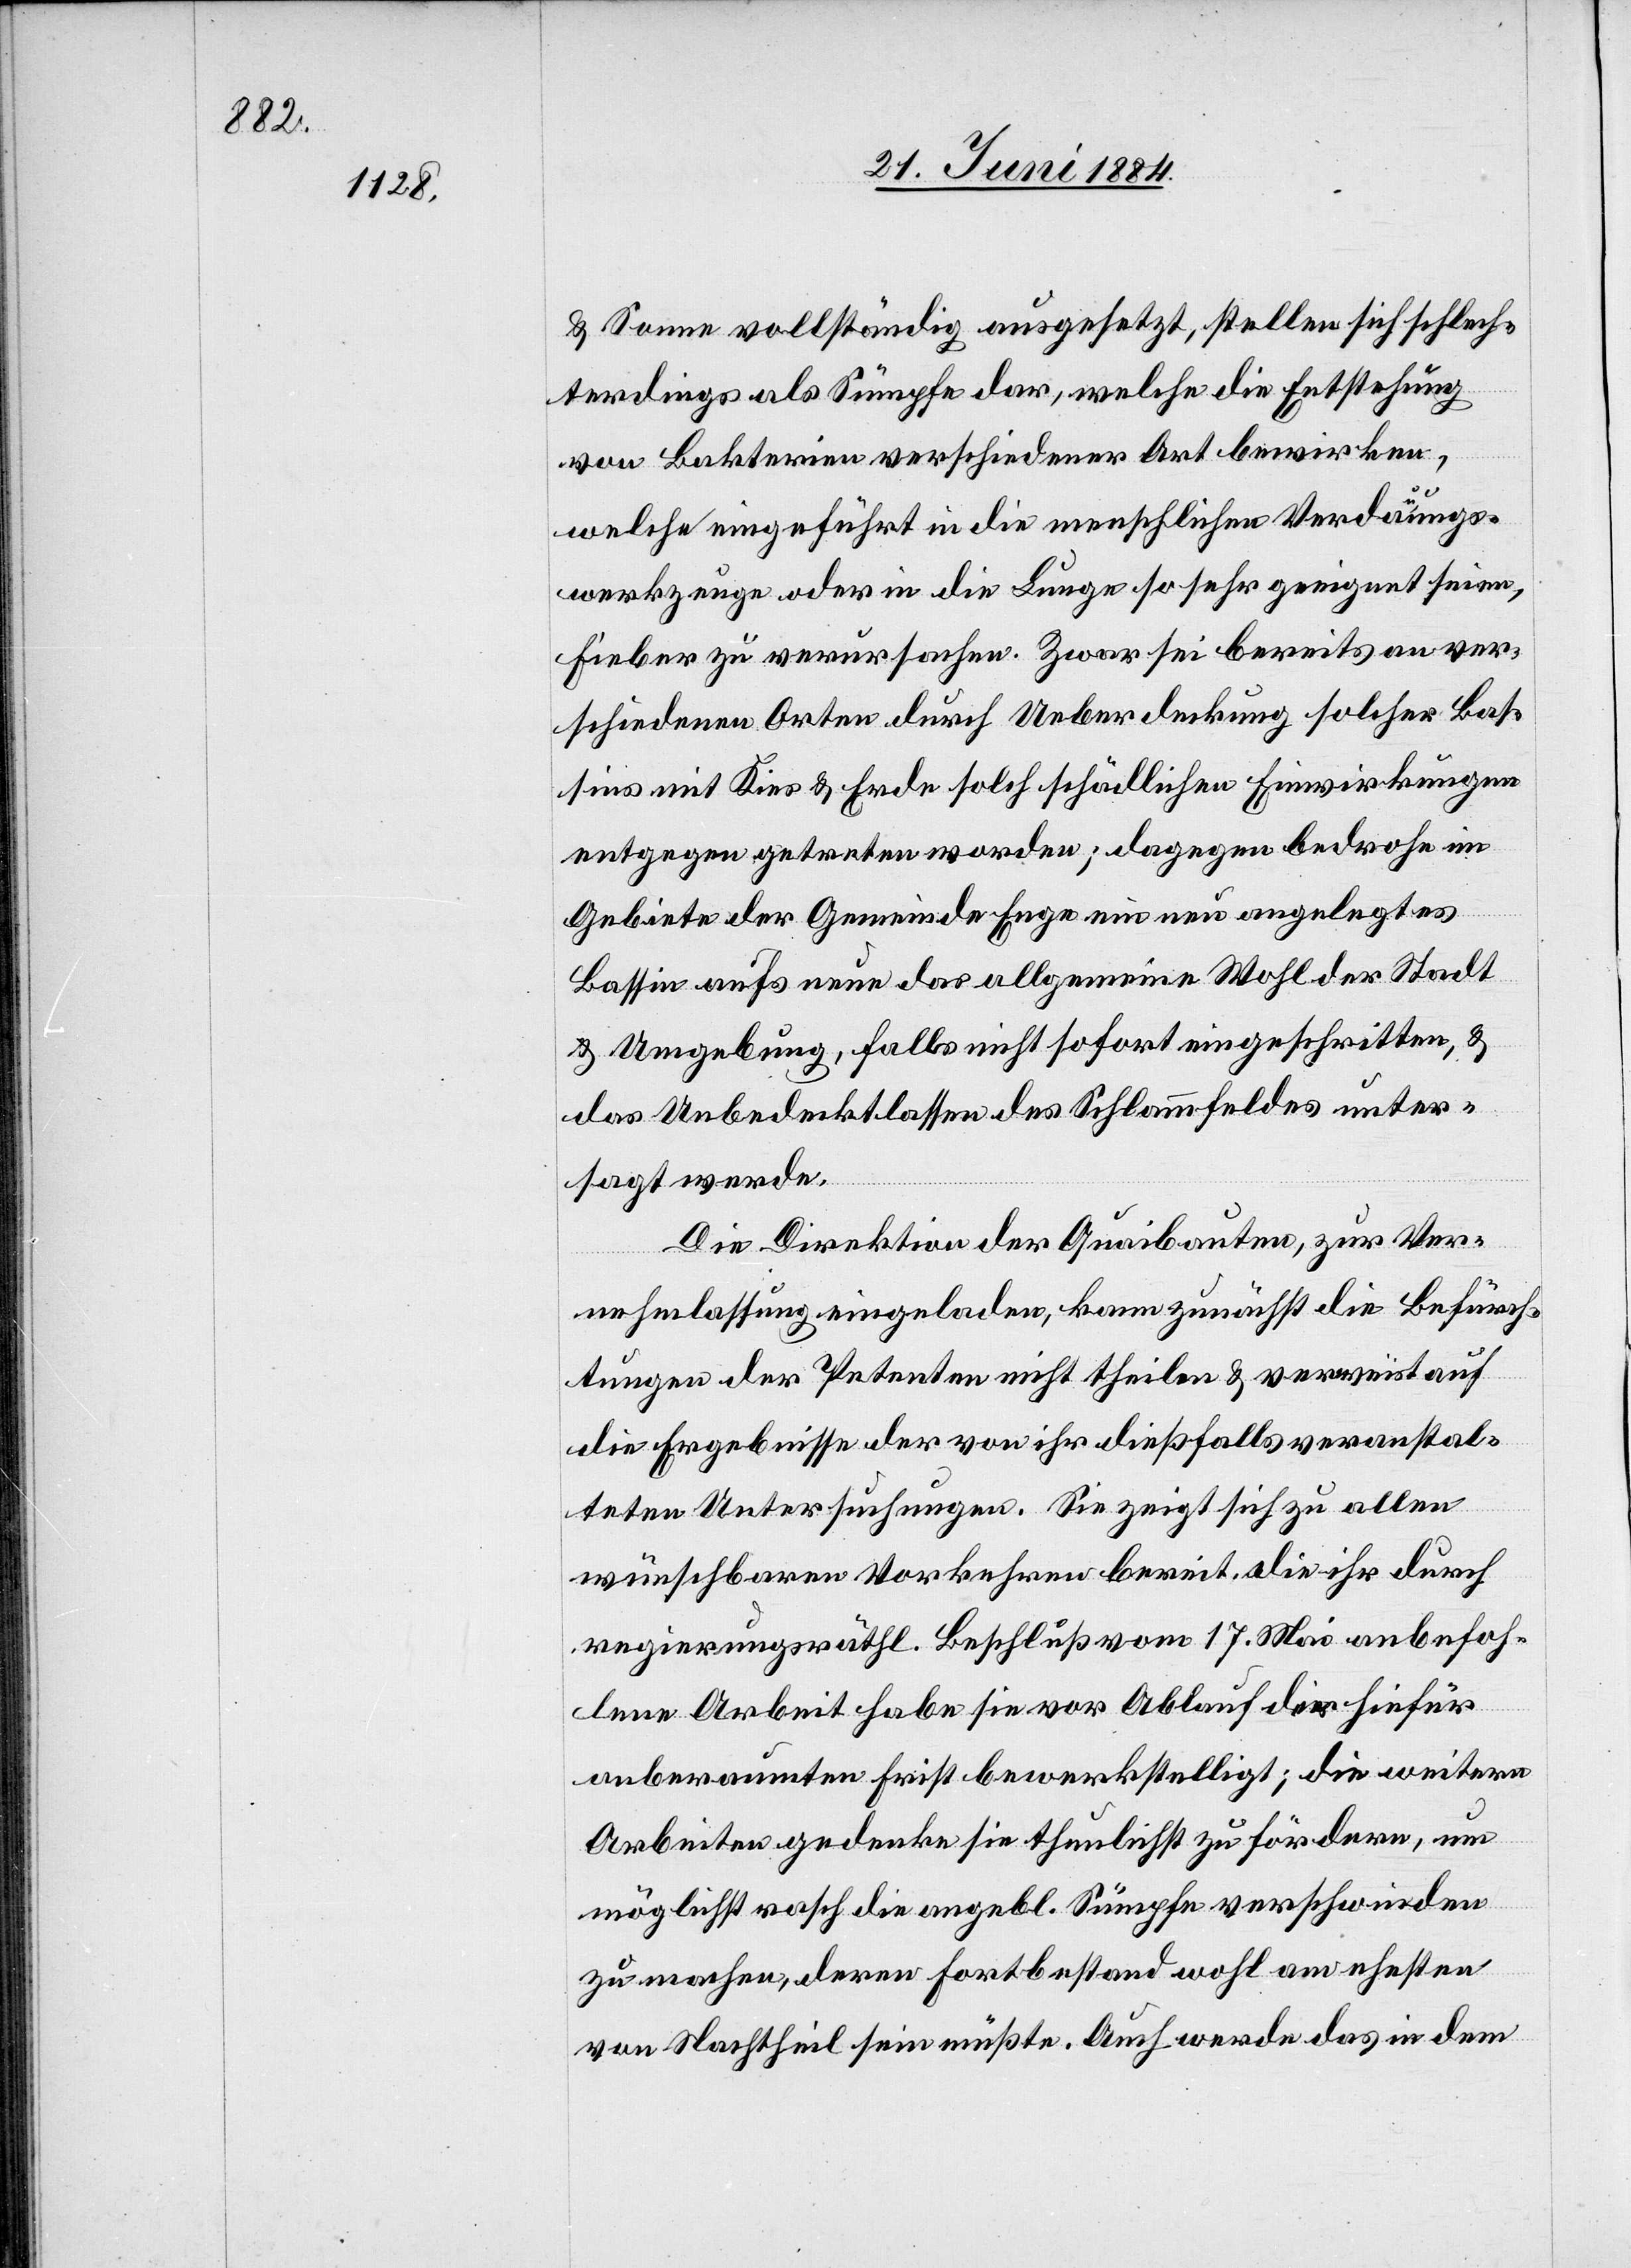
& Sonne vollständig ausgesetzt, stellen sich schlech¬
terdings als Sümpfe dar, welche die Entstehung
von Bakterien verschiedenere Art bewirken,
welche eingeführt in die menschlichen Verdauungs¬
werkzeuge oder in die Lunge so sehr geeignet seien,
Fieber zu verursachen. Zwar sei bereits an ver¬
schiedenen Orten durch Ueberdeckung solcher Bas¬
sins mit Kies & Erde solch schädlichen Einwirkungen
entgegen getreten worden; dagegen bedrohe im
Gebiete der Gemeinde Enge ein neu angelegtes
Bassin aufs neue das allgemeine Wohl der Stadt
& Umgebung, falls nicht sofort eingeschritten, &
das Unbedecktlassen des Schlammfeldes unter¬
sagt werde.
Die Direktion der Quaibauten, zur Ver¬
nehmlassung eingeladen, kann zunächst die Befürch¬
tungen der Petenten nicht theilen & verweist auf
die Ergebnisse der von ihr dießfalls veranstal¬
teten Untersuchungen. Sie zeigt sich zu allen
wünschbaren Vorkehren bereit. die [sic!] ihr durch
regierungsräthl. Beschluß vom 17. Mai anbefoh¬
lene Arbeit habe sie vor Ablauf der hiefür
anberaumten Frist bewerkstelligt; die weitern
Arbeiten gedenke sie thunlichst zu fördern, um
möglichst rasch die angebl. Sümpfe verschwinden
zu machen, deren Fortbestand wohl am ehesten
von Nachtheil sein müßte. Auch werde das in dem